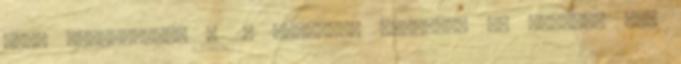
kell értelmezni. A 2. bekezdés szerint, ha eltérés van